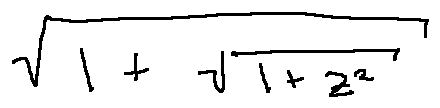
\sqrt { 1 + \sqrt { 1 + z ^ { 2 } } }